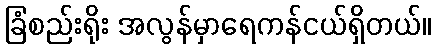
ခြံစည်းရိုး အလွန်မှာရေကန်ငယ်ရှိတယ်။